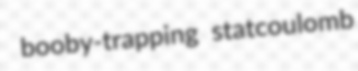
booby-trapping statcoulomb